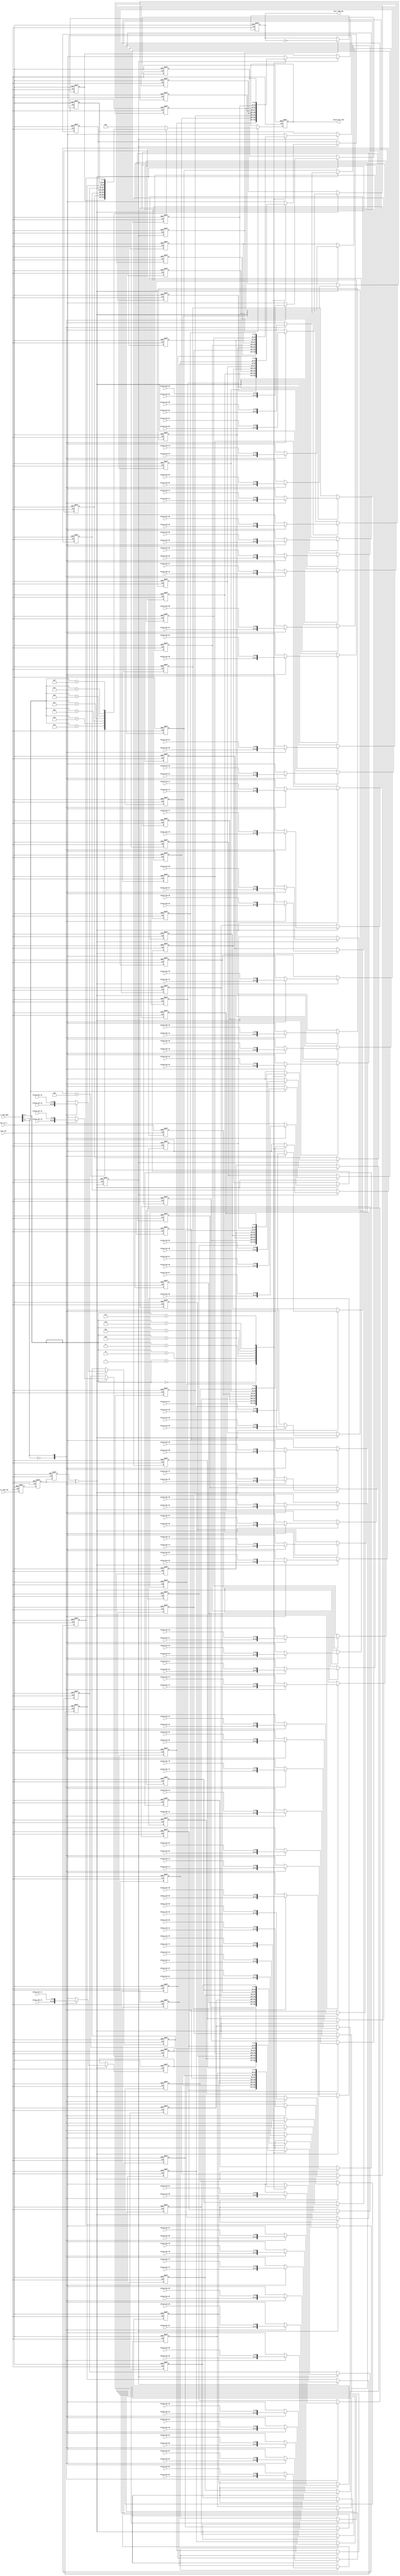
`timescale 1ns/1ns
module uart_rd_lock
(
    input                                core_clk           ,
    input                                core_rst_n         ,

    input                                uart_read_req      ,
    output reg                           uart_read_ack      ,
    input [8:0]                          uart_read_addr     ,

    input [31:0]                         status_bus_80          ,
    input [31:0]                         status_bus_81          ,
    input [31:0]                         status_bus_82          ,
    input [31:0]                         status_bus_83          ,
    input [31:0]                         status_bus_84          ,
    input [31:0]                         status_bus_85          ,
    input [31:0]                         status_bus_86          ,
    input [31:0]                         status_bus_87          ,
    input [31:0]                         status_bus_88          ,
    input [31:0]                         status_bus_89          ,
    input [31:0]                         status_bus_8a          ,
    input [31:0]                         status_bus_8b          ,
    input [31:0]                         status_bus_8c          ,
    input [31:0]                         status_bus_8d          ,
    input [31:0]                         status_bus_8e          ,
    input [31:0]                         status_bus_8f          ,

    input [31:0]                         status_bus_90          ,
    input [31:0]                         status_bus_91          ,
    input [31:0]                         status_bus_92          ,
    input [31:0]                         status_bus_93          ,
    input [31:0]                         status_bus_94          ,
    input [31:0]                         status_bus_95          ,
    input [31:0]                         status_bus_96          ,
    input [31:0]                         status_bus_97          ,
    input [31:0]                         status_bus_98          ,
    input [31:0]                         status_bus_99          ,
    input [31:0]                         status_bus_9a          ,
    input [31:0]                         status_bus_9b          ,
    input [31:0]                         status_bus_9c          ,
    input [31:0]                         status_bus_9d          ,
    input [31:0]                         status_bus_9e          ,
    input [31:0]                         status_bus_9f          ,

    input [31:0]                         status_bus_a0          ,
    input [31:0]                         status_bus_a1          ,
    input [31:0]                         status_bus_a2          ,
    input [31:0]                         status_bus_a3          ,
    input [31:0]                         status_bus_a4          ,
    input [31:0]                         status_bus_a5          ,
    input [31:0]                         status_bus_a6          ,
    input [31:0]                         status_bus_a7          ,
    input [31:0]                         status_bus_a8          ,
    input [31:0]                         status_bus_a9          ,
    input [31:0]                         status_bus_aa          ,
    input [31:0]                         status_bus_ab          ,
    input [31:0]                         status_bus_ac          ,
    input [31:0]                         status_bus_ad          ,
    input [31:0]                         status_bus_ae          ,
    input [31:0]                         status_bus_af          ,

    input [31:0]                         status_bus_b0          ,
    input [31:0]                         status_bus_b1          ,
    input [31:0]                         status_bus_b2          ,
    input [31:0]                         status_bus_b3          ,
    input [31:0]                         status_bus_b4          ,
    input [31:0]                         status_bus_b5          ,
    input [31:0]                         status_bus_b6          ,
    input [31:0]                         status_bus_b7          ,
    input [31:0]                         status_bus_b8          ,
    input [31:0]                         status_bus_b9          ,
    input [31:0]                         status_bus_ba          ,
    input [31:0]                         status_bus_bb          ,
    input [31:0]                         status_bus_bc          ,
    input [31:0]                         status_bus_bd          ,
    input [31:0]                         status_bus_be          ,
    input [31:0]                         status_bus_bf          ,

    input [31:0]                         status_bus_c0          ,
    input [31:0]                         status_bus_c1          ,
    input [31:0]                         status_bus_c2          ,
    input [31:0]                         status_bus_c3          ,
    input [31:0]                         status_bus_c4          ,
    input [31:0]                         status_bus_c5          ,
    input [31:0]                         status_bus_c6          ,
    input [31:0]                         status_bus_c7          ,
    input [31:0]                         status_bus_c8          ,
    input [31:0]                         status_bus_c9          ,
    input [31:0]                         status_bus_ca          ,
    input [31:0]                         status_bus_cb          ,
    input [31:0]                         status_bus_cc          ,
    input [31:0]                         status_bus_cd          ,
    input [31:0]                         status_bus_ce          ,
    input [31:0]                         status_bus_cf          ,

    input [31:0]                         status_bus_d0          ,
    input [31:0]                         status_bus_d1          ,
    input [31:0]                         status_bus_d2          ,
    input [31:0]                         status_bus_d3          ,
    input [31:0]                         status_bus_d4          ,
    input [31:0]                         status_bus_d5          ,
    input [31:0]                         status_bus_d6          ,
    input [31:0]                         status_bus_d7          ,
    input [31:0]                         status_bus_d8          ,
    input [31:0]                         status_bus_d9          ,
    input [31:0]                         status_bus_da          ,
    input [31:0]                         status_bus_db          ,
    input [31:0]                         status_bus_dc          ,
    input [31:0]                         status_bus_dd          ,
    input [31:0]                         status_bus_de          ,
    input [31:0]                         status_bus_df          ,

    input [31:0]                         status_bus_e0          ,
    input [31:0]                         status_bus_e1          ,
    input [31:0]                         status_bus_e2          ,
    input [31:0]                         status_bus_e3          ,
    input [31:0]                         status_bus_e4          ,
    input [31:0]                         status_bus_e5          ,
    input [31:0]                         status_bus_e6          ,
    input [31:0]                         status_bus_e7          ,
    input [31:0]                         status_bus_e8          ,
    input [31:0]                         status_bus_e9          ,
    input [31:0]                         status_bus_ea          ,
    input [31:0]                         status_bus_eb          ,
    input [31:0]                         status_bus_ec          ,
    input [31:0]                         status_bus_ed          ,
    input [31:0]                         status_bus_ee          ,
    input [31:0]                         status_bus_ef          ,
    
    input [31:0]                         status_bus_f0          ,
    input [31:0]                         status_bus_f1          ,
    input [31:0]                         status_bus_f2          ,
    input [31:0]                         status_bus_f3          ,
    input [31:0]                         status_bus_f4          ,
    input [31:0]                         status_bus_f5          ,
    input [31:0]                         status_bus_f6          ,
    input [31:0]                         status_bus_f7          ,
    input [31:0]                         status_bus_f8          ,
    input [31:0]                         status_bus_f9          ,
    input [31:0]                         status_bus_fa          ,
    input [31:0]                         status_bus_fb          ,
    input [31:0]                         status_bus_fc          ,
    input [31:0]                         status_bus_fd          ,
    input [31:0]                         status_bus_fe          ,
    input [31:0]                         status_bus_ff          ,

    output reg [31:0]                    status_bus_lock
);

reg  uart_read_req_syn1;
reg  uart_read_req_syn2;
reg  uart_read_req_syn3;
wire uart_read_req_inv;
reg  uart_read_req_inv_d1;
reg  uart_read_req_inv_d2;

wire [32*8-1:0] status_bus_0;
wire [32*8-1:0] status_bus_1;
wire [32*8-1:0] status_bus_2;
wire [32*8-1:0] status_bus_3;
wire [32*8-1:0] status_bus_4;
wire [32*8-1:0] status_bus_5;
wire [32*8-1:0] status_bus_6;
wire [32*8-1:0] status_bus_7;
wire [32*8-1:0] status_bus_8;
wire [32*8-1:0] status_bus_9;
wire [32*8-1:0] status_bus_a;
wire [32*8-1:0] status_bus_b;
wire [32*8-1:0] status_bus_c;
wire [32*8-1:0] status_bus_d;
wire [32*8-1:0] status_bus_e;
wire [32*8-1:0] status_bus_f;

reg  [32*8-1:0] status_bus_sel_0;
reg  [32*8-1:0] status_bus_sel_1;
reg  [32*8-1:0] status_bus_sel_2;
reg  [32*8-1:0] status_bus_sel_3;
reg  [32*8-1:0] status_bus_sel_4;
reg  [32*8-1:0] status_bus_sel_5;
reg  [32*8-1:0] status_bus_sel_6;
reg  [32*8-1:0] status_bus_sel_7;

reg  [32*8-1:0] status_bus_sel;

always @(posedge core_clk or negedge core_rst_n)
begin
    if(!core_rst_n)
    begin
       uart_read_req_syn1 <= 1'b0;
       uart_read_req_syn2 <= 1'b0;
       uart_read_req_syn3 <= 1'b0;
    end
    else
    begin
       uart_read_req_syn1 <= uart_read_req;
       uart_read_req_syn2 <= uart_read_req_syn1;
       uart_read_req_syn3 <= uart_read_req_syn2;
    end
end

assign uart_read_req_inv = uart_read_req_syn3 ^ uart_read_req_syn2;

always @(posedge core_clk or negedge core_rst_n)
begin
    if(!core_rst_n)
       uart_read_req_inv_d1 <= 1'b0;
    else
       uart_read_req_inv_d1 <= uart_read_req_inv;
end

always @(posedge core_clk or negedge core_rst_n)
begin
    if(!core_rst_n)
       uart_read_req_inv_d2 <= 1'b0;
    else
       uart_read_req_inv_d2 <= uart_read_req_inv_d1;
end

always @(posedge core_clk or negedge core_rst_n)
begin
    if(!core_rst_n)
        uart_read_ack <= 1'b0;
    else if(uart_read_req_inv_d2)
        uart_read_ack <= ~uart_read_ack;
    else;
end

//******************************** status 8x ********************************//
assign status_bus_0 = {status_bus_f0,
                       status_bus_e0,
                       status_bus_d0,
                       status_bus_c0,
                       status_bus_b0,
                       status_bus_a0,
                       status_bus_90,
                       status_bus_80};

assign status_bus_1 = {status_bus_f1,
                       status_bus_e1,
                       status_bus_d1,
                       status_bus_c1,
                       status_bus_b1,
                       status_bus_a1,
                       status_bus_91,
                       status_bus_81};

assign status_bus_2 = {status_bus_f2,
                       status_bus_e2,
                       status_bus_d2,
                       status_bus_c2,
                       status_bus_b2,
                       status_bus_a2,
                       status_bus_92,
                       status_bus_82};

assign status_bus_3 = {status_bus_f3,
                       status_bus_e3,
                       status_bus_d3,
                       status_bus_c3,
                       status_bus_b3,
                       status_bus_a3,
                       status_bus_93,
                       status_bus_83};

assign status_bus_4 = {status_bus_f4,
                       status_bus_e4,
                       status_bus_d4,
                       status_bus_c4,
                       status_bus_b4,
                       status_bus_a4,
                       status_bus_94,
                       status_bus_84};

assign status_bus_5 = {status_bus_f5,
                       status_bus_e5,
                       status_bus_d5,
                       status_bus_c5,
                       status_bus_b5,
                       status_bus_a5,
                       status_bus_95,
                       status_bus_85};

assign status_bus_6 = {status_bus_f6,
                       status_bus_e6,
                       status_bus_d6,
                       status_bus_c6,
                       status_bus_b6,
                       status_bus_a6,
                       status_bus_96,
                       status_bus_86};

assign status_bus_7 = {status_bus_f7,
                       status_bus_e7,
                       status_bus_d7,
                       status_bus_c7,
                       status_bus_b7,
                       status_bus_a7,
                       status_bus_97,
                       status_bus_87};

assign status_bus_8 = {status_bus_f8,
                       status_bus_e8,
                       status_bus_d8,
                       status_bus_c8,
                       status_bus_b8,
                       status_bus_a8,
                       status_bus_98,
                       status_bus_88};

assign status_bus_9 = {status_bus_f9,
                       status_bus_e9,
                       status_bus_d9,
                       status_bus_c9,
                       status_bus_b9,
                       status_bus_a9,
                       status_bus_99,
                       status_bus_89};

assign status_bus_a = {status_bus_fa,
                       status_bus_ea,
                       status_bus_da,
                       status_bus_ca,
                       status_bus_ba,
                       status_bus_aa,
                       status_bus_9a,
                       status_bus_8a};

assign status_bus_b = {status_bus_fb,
                       status_bus_eb,
                       status_bus_db,
                       status_bus_cb,
                       status_bus_bb,
                       status_bus_ab,
                       status_bus_9b,
                       status_bus_8b};

assign status_bus_c = {status_bus_fc,
                       status_bus_ec,
                       status_bus_dc,
                       status_bus_cc,
                       status_bus_bc,
                       status_bus_ac,
                       status_bus_9c,
                       status_bus_8c};

assign status_bus_d = {status_bus_fd,
                       status_bus_ed,
                       status_bus_dd,
                       status_bus_cd,
                       status_bus_bd,
                       status_bus_ad,
                       status_bus_9d,
                       status_bus_8d};

assign status_bus_e = {status_bus_fe,
                       status_bus_ee,
                       status_bus_de,
                       status_bus_ce,
                       status_bus_be,
                       status_bus_ae,
                       status_bus_9e,
                       status_bus_8e};

assign status_bus_f = {status_bus_ff,
                       status_bus_ef,
                       status_bus_df,
                       status_bus_cf,
                       status_bus_bf,
                       status_bus_af,
                       status_bus_9f,
                       status_bus_8f};

genvar i;
generate
for(i=0;i<8;i=i+1) begin:status_gen
    always @(posedge core_clk or negedge core_rst_n)
    begin
        if(!core_rst_n)
            status_bus_sel_0[i*32+31:i*32] <= 32'b0;
        else if(uart_read_req_inv)
        begin
            case(uart_read_addr[0])
                1'b0: status_bus_sel_0[i*32+31:i*32] <= status_bus_0[i*32+31:i*32];
                1'b1: status_bus_sel_0[i*32+31:i*32] <= status_bus_1[i*32+31:i*32];
                default : status_bus_sel_0[i*32+31:i*32] <= 32'b0;
            endcase
        end
        else;
    end

    always @(posedge core_clk or negedge core_rst_n)
    begin
        if(!core_rst_n)
            status_bus_sel_1[i*32+31:i*32] <= 32'b0;
        else if(uart_read_req_inv)
        begin
            case(uart_read_addr[0])
                1'b0: status_bus_sel_1[i*32+31:i*32] <= status_bus_2[i*32+31:i*32];
                1'b1: status_bus_sel_1[i*32+31:i*32] <= status_bus_3[i*32+31:i*32];
                default : status_bus_sel_1[i*32+31:i*32] <= 32'b0;
            endcase
        end
        else;
    end

    always @(posedge core_clk or negedge core_rst_n)
    begin
        if(!core_rst_n)
            status_bus_sel_2[i*32+31:i*32] <= 32'b0;
        else if(uart_read_req_inv)
        begin
            case(uart_read_addr[0])
                1'b0: status_bus_sel_2[i*32+31:i*32] <= status_bus_4[i*32+31:i*32];
                1'b1: status_bus_sel_2[i*32+31:i*32] <= status_bus_5[i*32+31:i*32];
                default : status_bus_sel_2[i*32+31:i*32] <= 32'b0;
            endcase
        end
        else;
    end

    always @(posedge core_clk or negedge core_rst_n)
    begin
        if(!core_rst_n)
            status_bus_sel_3[i*32+31:i*32] <= 32'b0;
        else if(uart_read_req_inv)
        begin
            case(uart_read_addr[0])
                1'b0: status_bus_sel_3[i*32+31:i*32] <= status_bus_6[i*32+31:i*32];
                1'b1: status_bus_sel_3[i*32+31:i*32] <= status_bus_7[i*32+31:i*32];
                default : status_bus_sel_3[i*32+31:i*32] <= 32'b0;
            endcase
        end
        else;
    end

    always @(posedge core_clk or negedge core_rst_n)
    begin
        if(!core_rst_n)
            status_bus_sel_4[i*32+31:i*32] <= 32'b0;
        else if(uart_read_req_inv)
        begin
            case(uart_read_addr[0])
                1'b0: status_bus_sel_4[i*32+31:i*32] <= status_bus_8[i*32+31:i*32];
                1'b1: status_bus_sel_4[i*32+31:i*32] <= status_bus_9[i*32+31:i*32];
                default : status_bus_sel_4[i*32+31:i*32] <= 32'b0;
            endcase
        end
        else;
    end

    always @(posedge core_clk or negedge core_rst_n)
    begin
        if(!core_rst_n)
            status_bus_sel_5[i*32+31:i*32] <= 32'b0;
        else if(uart_read_req_inv)
        begin
            case(uart_read_addr[0])
                1'b0: status_bus_sel_5[i*32+31:i*32] <= status_bus_a[i*32+31:i*32];
                1'b1: status_bus_sel_5[i*32+31:i*32] <= status_bus_b[i*32+31:i*32];
                default : status_bus_sel_5[i*32+31:i*32] <= 32'b0;
            endcase
        end
        else;
    end

    always @(posedge core_clk or negedge core_rst_n)
    begin
        if(!core_rst_n)
            status_bus_sel_6[i*32+31:i*32] <= 32'b0;
        else if(uart_read_req_inv)
        begin
            case(uart_read_addr[0])
                1'b0: status_bus_sel_6[i*32+31:i*32] <= status_bus_c[i*32+31:i*32];
                1'b1: status_bus_sel_6[i*32+31:i*32] <= status_bus_d[i*32+31:i*32];
                default : status_bus_sel_6[i*32+31:i*32] <= 32'b0;
            endcase
        end
        else;
    end

    always @(posedge core_clk or negedge core_rst_n)
    begin
        if(!core_rst_n)
            status_bus_sel_7[i*32+31:i*32] <= 32'b0;
        else if(uart_read_req_inv)
        begin
            case(uart_read_addr[0])
                1'b0: status_bus_sel_7[i*32+31:i*32] <= status_bus_e[i*32+31:i*32];
                1'b1: status_bus_sel_7[i*32+31:i*32] <= status_bus_f[i*32+31:i*32];
                default : status_bus_sel_7[i*32+31:i*32] <= 32'b0;
            endcase
        end
        else;
    end

    always @(posedge core_clk or negedge core_rst_n)
    begin
        if(!core_rst_n)
            status_bus_sel[i*32+31:i*32] <= 32'b0;
        else if(uart_read_req_inv_d1)
        begin
            case(uart_read_addr[3:1])
                3'h0: status_bus_sel[i*32+31:i*32] <= status_bus_sel_0[i*32+31:i*32];
                3'h1: status_bus_sel[i*32+31:i*32] <= status_bus_sel_1[i*32+31:i*32];
                3'h2: status_bus_sel[i*32+31:i*32] <= status_bus_sel_2[i*32+31:i*32];
                3'h3: status_bus_sel[i*32+31:i*32] <= status_bus_sel_3[i*32+31:i*32];
                3'h4: status_bus_sel[i*32+31:i*32] <= status_bus_sel_4[i*32+31:i*32];
                3'h5: status_bus_sel[i*32+31:i*32] <= status_bus_sel_5[i*32+31:i*32];
                3'h6: status_bus_sel[i*32+31:i*32] <= status_bus_sel_6[i*32+31:i*32];
                3'h7: status_bus_sel[i*32+31:i*32] <= status_bus_sel_7[i*32+31:i*32];
                default : status_bus_sel[i*32+31:i*32] <= 32'b0;
            endcase
        end
        else;
    end
end
endgenerate

always @(posedge core_clk or negedge core_rst_n)
begin
    if(!core_rst_n)
        status_bus_lock <= 32'b0;
    else if(uart_read_req_inv_d2)
    begin
        case(uart_read_addr[8:4])
            5'h08: status_bus_lock <= status_bus_sel[32*0 +: 32];
            5'h09: status_bus_lock <= status_bus_sel[32*1 +: 32];
            5'h0a: status_bus_lock <= status_bus_sel[32*2 +: 32];
            5'h0b: status_bus_lock <= status_bus_sel[32*3 +: 32];
            5'h0c: status_bus_lock <= status_bus_sel[32*4 +: 32];
            5'h0d: status_bus_lock <= status_bus_sel[32*5 +: 32];
            5'h0e: status_bus_lock <= status_bus_sel[32*6 +: 32];
	    5'h0f: status_bus_lock <= status_bus_sel[32*7 +: 32];
            default : status_bus_lock <= 32'b0;
        endcase
    end
    else;
end

endmodule